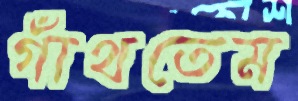
গাঁথতেম